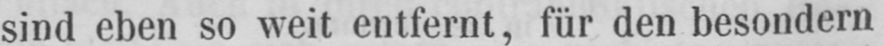
sind eben so weit entfernt, für den besondern